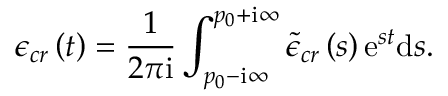
\epsilon _ { c r } \left( t \right) = \frac { 1 } { 2 \pi \mathrm { i } } \int _ { p _ { 0 } - \mathrm { i } \infty } ^ { p _ { 0 } + \mathrm { i } \infty } \tilde { \epsilon } _ { c r } \left( s \right) \mathrm { e } ^ { s t } \mathrm { d } s .